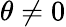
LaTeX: \theta\neq 0